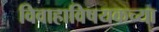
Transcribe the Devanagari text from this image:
विवाहाविषयकच्या